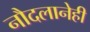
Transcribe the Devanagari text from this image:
नौदलानेही